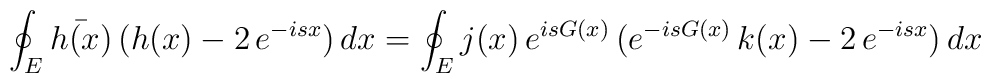
\oint_E\bar{h(x)}\,(h(x)-2\,e^{-isx})\,dx=\oint_Ej(x)\,e^{isG(x)}\,(e^{-isG(x)}\,k(x)-2\,e^{-isx})\,dx